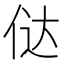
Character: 𠉂